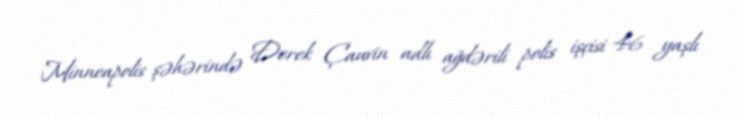
Minneapolis şəhərində Derek Çauvin adlı ağdərili polis işçisi 46 yaşlı